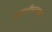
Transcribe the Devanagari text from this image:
प्रणालीसारख्या